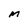
Character: M